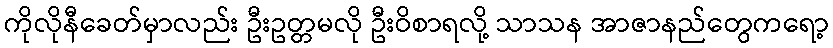
ကိုလိုနီခေတ်မှာလည်း ဦးဥတ္တမလို ဦးဝိစာရလို့ သာသန အာဇာနည်တွေကရော့